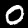
Digit: 0